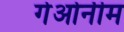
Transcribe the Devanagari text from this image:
गेओनीम